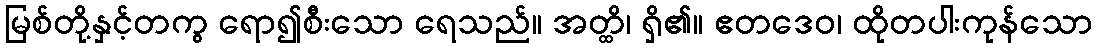
မြစ်တို့နှင့်တကွ ရော၍စီးသော ရေသည်။ အတ္ထိ၊ ရှိ၏။ ဧတဒေဝ၊ ထိုတပါးကုန်သော